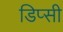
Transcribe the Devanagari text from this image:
डिप्सी